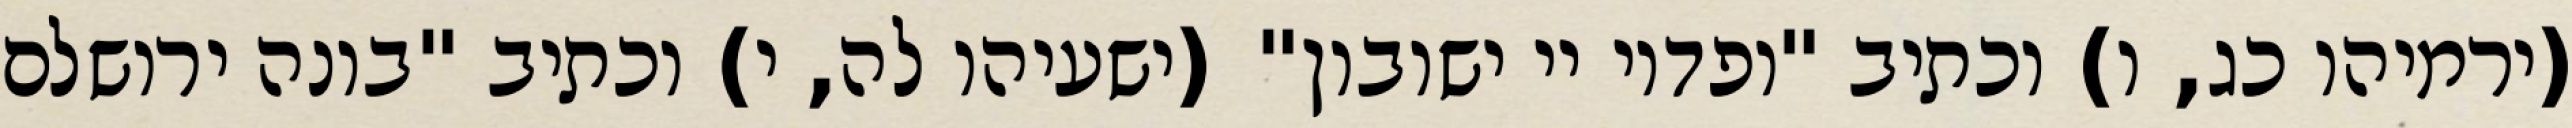
(ירמיהו כג, ו) וכתיב "ופדוי יי ישובון" (ישעיהו לה, י) וכתיב "בונה ירושלם